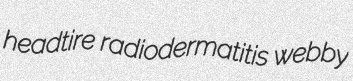
headtire radiodermatitis webby